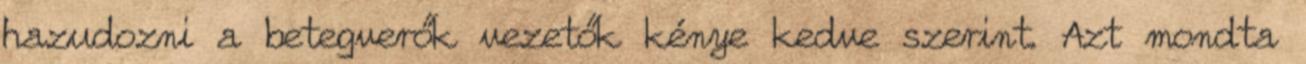
hazudozni a betegverők vezetők kénye kedve szerint. Azt mondta